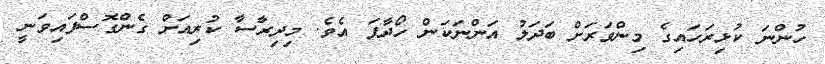
ހުންނަ ކުޅިރަހައިގެ މިންވަރަށް ބަދަލު އަންނަކަން ހޯދާފަ އެވެ. މިދިރާސާ ކުރިއަށް ގެންގޮސްފައިވަނީ